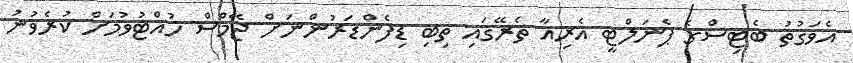
އެވަގުތު ބެޓިސްގެ ޕެނަލްޓީ އެރިއާ ތެރޭގައި ތިބި ޑިފެންޑަރުންނަށް ޖޭމްސް ހުއްޓުވުމަށް ކުރެވުނު